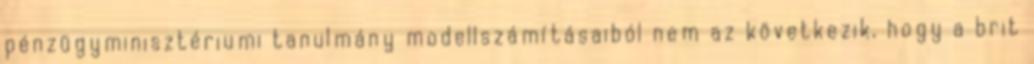
pénzügyminisztériumi tanulmány modellszámításaiból nem az következik, hogy a brit